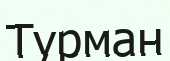
Турман